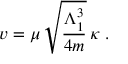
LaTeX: v = \mu \, \sqrt { \frac { \Lambda _ { 1 } ^ { 3 } } { 4 m } } \, \kappa \; .